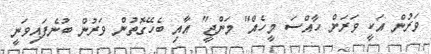
ވަރުން އަކީ ވަރަށް ހާއްސަ މީހެއް" މަންޖީ" އާއި ބެހޭގޮތުން ވަރުން ބުނެފައިވަނީ